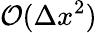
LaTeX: \mathcal{O}(\Delta x^{2})